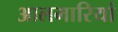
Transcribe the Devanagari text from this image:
आलमारियां